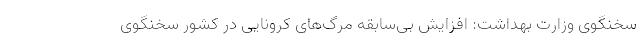
سخنگوی وزارت بهداشت: افزایش بی‌سابقه مرگ‌های کرونایی در کشور سخنگوی